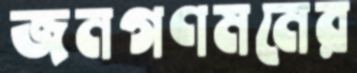
জনগণমনের